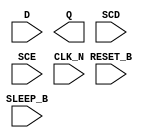
/**
 * Copyright 2020 The SkyWater PDK Authors
 *
 * Licensed under the Apache License, Version 2.0 (the "License");
 * you may not use this file except in compliance with the License.
 * You may obtain a copy of the License at
 *
 *     https://www.apache.org/licenses/LICENSE-2.0
 *
 * Unless required by applicable law or agreed to in writing, software
 * distributed under the License is distributed on an "AS IS" BASIS,
 * WITHOUT WARRANTIES OR CONDITIONS OF ANY KIND, either express or implied.
 * See the License for the specific language governing permissions and
 * limitations under the License.
 *
 * SPDX-License-Identifier: Apache-2.0
 */

`ifndef SKY130_FD_SC_LP__SRSDFRTN_SYMBOL_V
`define SKY130_FD_SC_LP__SRSDFRTN_SYMBOL_V

/**
 * srsdfrtn: Scan flop with sleep mode, inverted reset, inverted
 *           clock, single output.
 *
 * Verilog stub (without power pins) for graphical symbol definition
 * generation.
 *
 * WARNING: This file is autogenerated, do not modify directly!
 */

`timescale 1ns / 1ps
`default_nettype none

(* blackbox *)
module sky130_fd_sc_lp__srsdfrtn (
    //# {{data|Data Signals}}
    input  D      ,
    output Q      ,

    //# {{control|Control Signals}}
    input  RESET_B,

    //# {{scanchain|Scan Chain}}
    input  SCD    ,
    input  SCE    ,

    //# {{clocks|Clocking}}
    input  CLK_N  ,

    //# {{power|Power}}
    input  SLEEP_B
);

    // Voltage supply signals
    supply1 KAPWR;
    supply1 VPWR ;
    supply0 VGND ;
    supply1 VPB  ;
    supply0 VNB  ;

endmodule

`default_nettype wire
`endif  // SKY130_FD_SC_LP__SRSDFRTN_SYMBOL_V